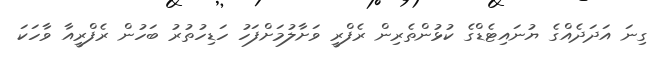
ގިނަ އަދަދެއްގެ ޔުނައިޓެޑްގެ ކުޅުންތެރިން ރެފްރީ ވަށާލުމަށްފަހު ހަޑިހުތުރު ބަހުން ރެފްރީއާ ވާހަކަ